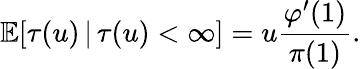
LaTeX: \mathbb{E}[\tau(u)\, |\, \tau(u)<\infty]=u\frac{\varphi^{\prime}(1)}{\pi(1)}.